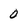
Character: 0